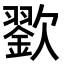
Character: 𣤪